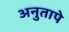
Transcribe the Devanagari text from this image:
अनुतापे